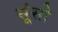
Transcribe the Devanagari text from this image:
सूंसो